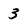
Character: 3